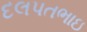
દલપતભાઇ